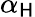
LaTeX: \alpha_{\mathsf{H}}